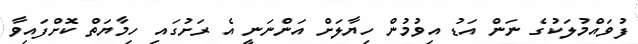
ފުވައްމުލަކުގެ ނަން އަޑު އިވުމުން ހިޔާލަށް އަންނަނީ އެ ރަށުގައި ހިމާޔަތް ކޮށްފައިވާ